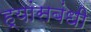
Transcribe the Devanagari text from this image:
ह्यांसबंधी